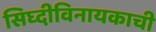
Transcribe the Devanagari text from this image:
सिघ्दीविनायकाची